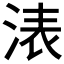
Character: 𣷴